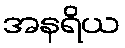
အနရိယ